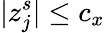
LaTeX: |z_{j}^{s}|\le c_{x}